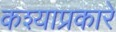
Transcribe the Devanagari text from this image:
कश्याप्रकारे